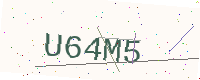
Text: U64M5